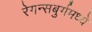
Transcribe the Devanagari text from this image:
रेगन्सबुर्गमध्ये